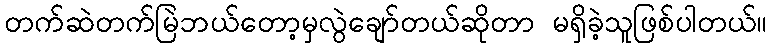
တက်ဆဲတက်မြဲဘယ်တော့မှလွဲချော်တယ်ဆိုတာ မရှိခဲ့သူဖြစ်ပါတယ်။